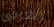
الغربى